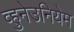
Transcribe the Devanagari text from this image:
व्हुनेउनियेम